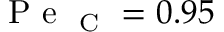
\mathrm { ~ P ~ e ~ } _ { \mathrm { ~ C ~ } } = 0 . 9 5